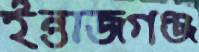
ইন্তাজগঞ্জ